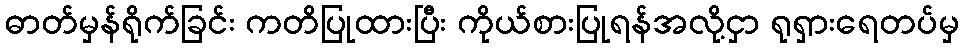
ဓာတ်မှန်ရိုက်ခြင်း ကတိပြုထားပြီး ကိုယ်စားပြုရန်အလို့ငှာ ရုရှားရေတပ်မှ